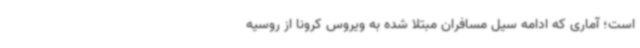
است؛ آماری که ادامه سیل مسافران مبتلا شده به ویروس کرونا از روسیه